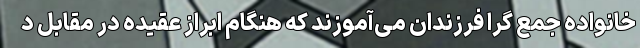
خانواده جمع گرا فرزندان می‌آموزند که هنگام ابراز عقیده در مقابل د